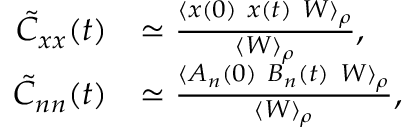
\begin{array} { r l } { \tilde { C } _ { x x } ( t ) } & { \simeq \frac { \langle x ( 0 ) \ x ( t ) \ W \rangle _ { \rho } } { \langle W \rangle _ { \rho } } \mathrm { , } } \\ { \tilde { C } _ { n n } ( t ) } & { \simeq \frac { \langle A _ { n } ( 0 ) \ B _ { n } ( t ) \ W \rangle _ { \rho } } { \langle W \rangle _ { \rho } } \mathrm { , } } \end{array}